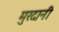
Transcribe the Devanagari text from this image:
मुरदानी